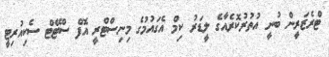
ޓްރެޒަރީން ބުނީ އުތުރުކޮރެއާގެ ލީޑަރު ކިމް އެގައުމުގެ މިނިސްޓްރީ އޮފް ސްޓޭޓް ސެކިއުރިޓީ